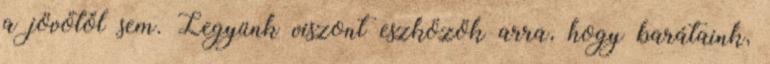
a jövőtől sem. Legyünk viszont eszközök arra, hogy barátaink,